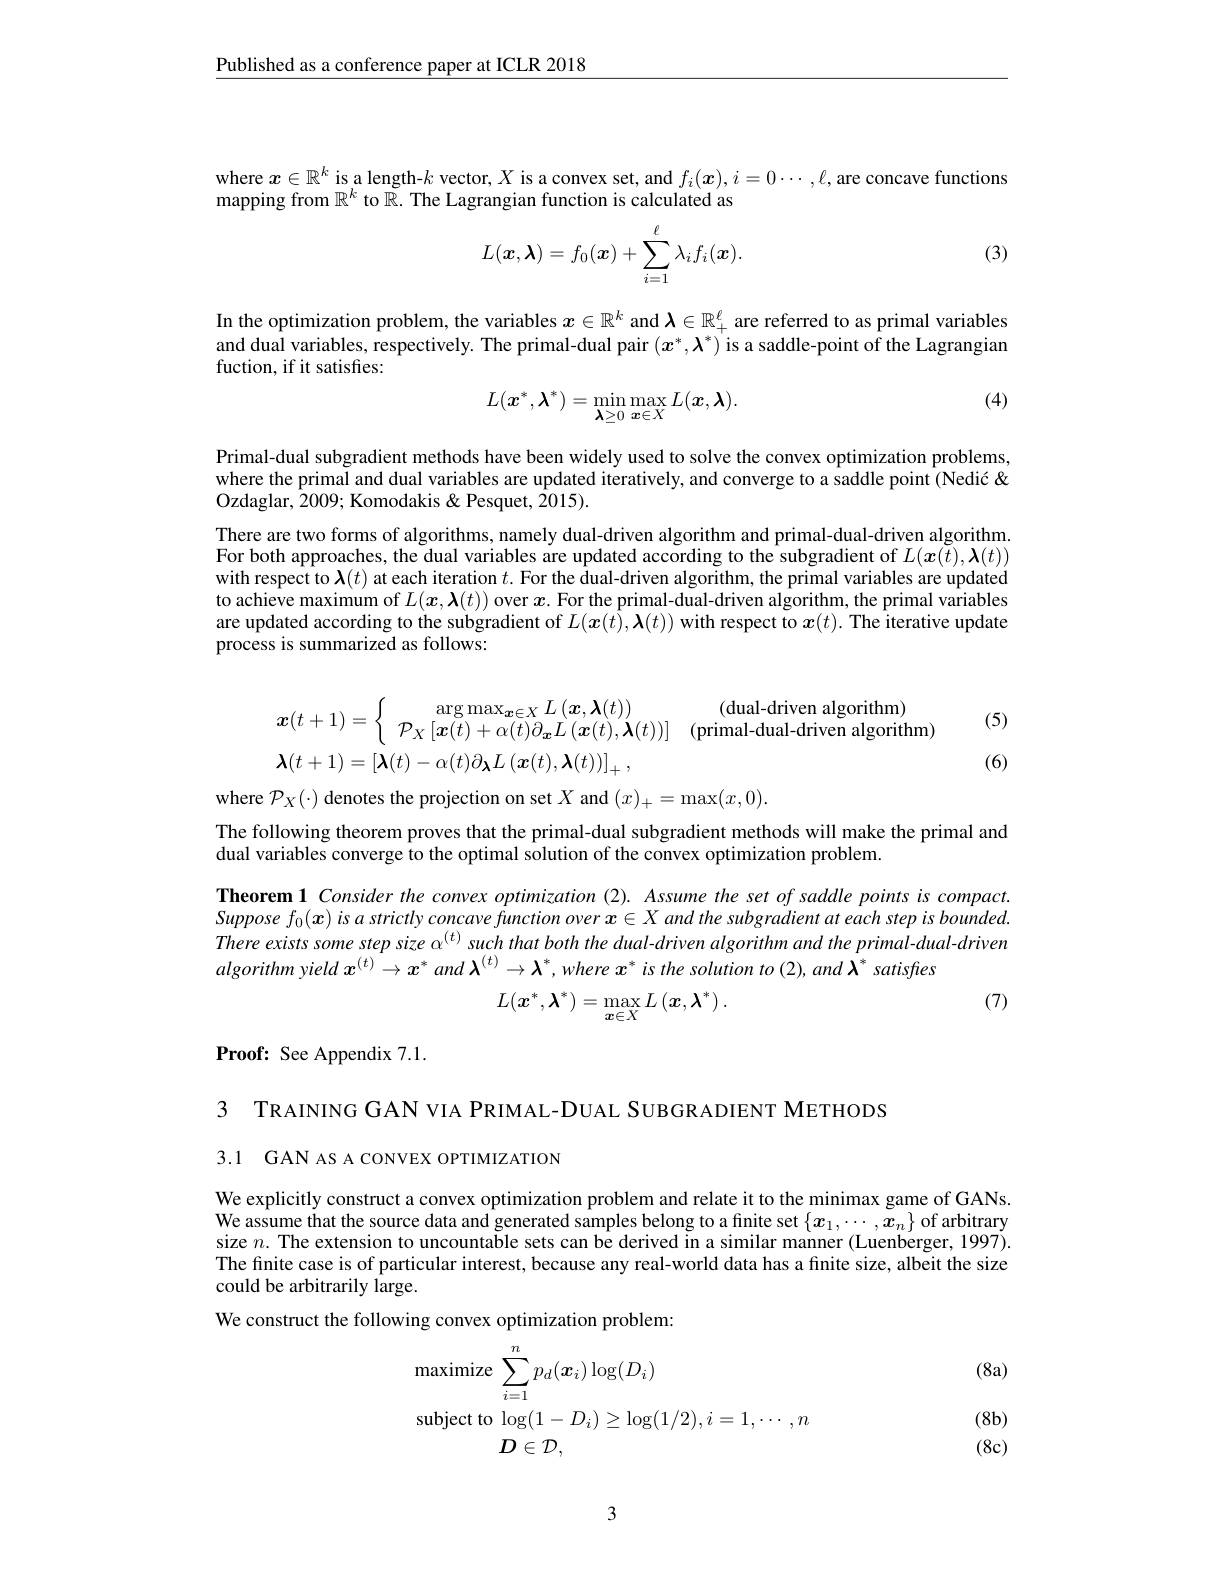
$\underline{\text{Published as a conference paper at ICLR 2018}}$

where $x\in\mathbb{R}^k$ is a length-$k$ vector, $X$ is a convex set, and $f_i(x),i=0\cdots,\ell$, are concave functions
mapping from $\mathbb{R}^k$ to $\mathbb{R}.$ The Lagrangian function is calculated as

(3)
$$L(\boldsymbol{x},\boldsymbol{\lambda})=f_0(\boldsymbol{x})+\sum_{i=1}^\ell\lambda_if_i(\boldsymbol{x}).$$
In the optimization problem, the variables $x\in\mathbb{R}^k$ and $\boldsymbol{\lambda}\in\mathbb{R}_+^\ell$ are referred to as primal variables and dual variables, respectively. The primal-dual pair $(x^*,\lambda^*)^{\prime}$is a saddle-point of the Lagrangian fuction, if it satisfies:

(4)
$$L(\boldsymbol{x}^*,\boldsymbol{\lambda}^*)=\min_{\boldsymbol{\lambda}\geq0}\max_{\boldsymbol{x}\in X}L(\boldsymbol{x},\boldsymbol{\lambda}).$$
Primal-dual subgradient methods have been widely used to solve the convex optimization problems, where the primal and dual variables are updated iteratively, and converge to a saddle point (Nedić & Ozdaglar, 2009; Komodakis & Pesquet, 2015).
There are two forms of algorithms, namely dual-driven algorithm and primal-dual-driven algorithm. For both approaches, the dual variables are updated according to the subgradient of $L(\boldsymbol{x}(\check{t}),\boldsymbol{\lambda}(t))$ with respect to $\boldsymbol{\lambda}(t)$ at each iteration $t.$ For the dual-driven algorithm, the primal variables are updated to achieve maximum of $L(\boldsymbol{x},\boldsymbol{\lambda}(t))$ over $\boldsymbol{x}.$ For the primal-dual-driven algorithm, the primal variables are updated according to the subgradient of $L(x(\hat{t}),\boldsymbol{\lambda}(t))$ with respect to $\tilde{\boldsymbol{x}}(t).\tilde{\boldsymbol{The}}$ iterative update process is summarized as follows:

(5)
$$\boldsymbol{x}(t+1)=\left\{\begin{array}{cc}\arg\max_{\boldsymbol{x}\in X}L\left(\boldsymbol{x},\boldsymbol{\lambda}(t)\right)&\text{(dual-driven algorithm)}\\\mathcal{P}_X\left[\boldsymbol{x}(t)+\alpha(t)\partial_{\boldsymbol{x}}L\left(\boldsymbol{x}(t),\boldsymbol{\lambda}(t)\right)\right]&\text{(primal-dual-driven algorithm)}\\\boldsymbol{\lambda}(t+1)=\left[\boldsymbol{\lambda}(t)-\alpha(t)\partial_{\boldsymbol{\lambda}}L\left(\boldsymbol{x}(t),\boldsymbol{\lambda}(t)\right)\right]_{+},\end{array}\right.$$
(6)

where $\mathcal{P}_X(\cdot)$ denotes the projection on set $X$ and $(x)_+=\max(x,0).$

The following theorem proves that the primal-dual subgradient methods will make the primal and
dual variables converge to the optimal solution of the convex optimization problem.

Theorem 1 Consider the convex optimization (2). Assume the set of saddle points is compact. Suppose $f_0(\boldsymbol{x})$ is a strictly concave function over $x\in X$ and the subgradient at each step is bounded. There exists some step size $\alpha^{(t)}$ such that both the dual-driven algorithm and the primal-dual-driven algorithm yield $x^{(t)}\to x^*$ and $\lambda ^{( t) }\to \boldsymbol{\lambda }^* , where$ $x^*$ is the solution to (2), and $\dot{\lambda}^*$ satisfes
(7)
$$L(\boldsymbol{x}^{*},\boldsymbol{\lambda}^{*})=\max_{\boldsymbol{x}\in X}L\left(\boldsymbol{x},\boldsymbol{\lambda}^{*}\right).$$
$\textbf{Proof: See Appendix 7. 1. }$

3 TRAINING GAN VIA PRIMAL-DUAL SUBGR ADIENT METHODS

3.1 GAN AS A CONVEX OPTIMIZATION

We explicitly construct a convex optimization problem and relate it to the minimax game of GANs. We assume that the source data and generated samples belong to a finite set $\{x_1,\cdots,x_n\}$ of arbitrary size $n.$ The extension to uncounta$\tilde{\text{ble sets can be derived in a similar manner (Luenberger, 1997)}.}$ The finite case is of particular interest, because any real-world data has a finite size, albeit the size could be arbitrarily large.
We construct the following convex optimization problem:

(8a)
$$\begin{aligned}&\mathrm{maximize}\:\sum_{i=1}^{n}p_{d}(\boldsymbol{x}_{i})\log(D_{i})\\&\mathrm{subject~to}\:\log(1-D_{i})\geq\log(1/2),i=1,\cdots,n\\&D\in\mathcal{D},\end{aligned}$$
(8b) (8c)

3